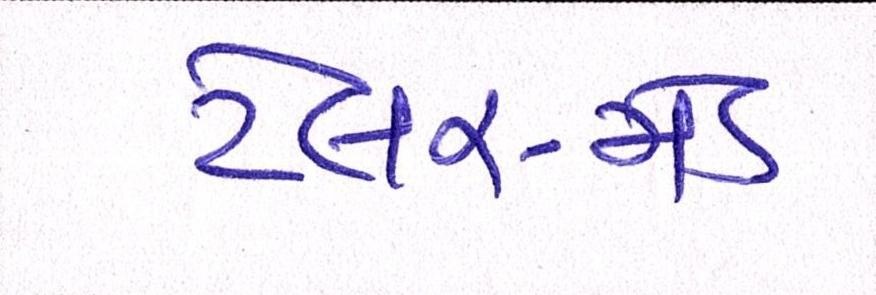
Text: ટેલર-મેડ